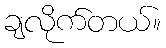
ချလိုက်တယ်။